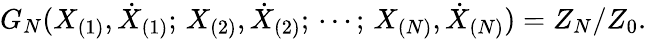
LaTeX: G_{N}(X_{(1)},\dot{X}_{(1)};\, X_{(2)},\dot{X}_{(2)};\, \cdots;\, X_{(N)},\dot{X}_{(N)})=Z_{N}/Z_{0}.